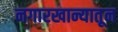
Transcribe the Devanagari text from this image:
नगारखान्यातून